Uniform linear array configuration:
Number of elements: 16
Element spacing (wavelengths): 1
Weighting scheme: uniform
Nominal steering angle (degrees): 30
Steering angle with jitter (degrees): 30.525
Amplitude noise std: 0.05
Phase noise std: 0.05

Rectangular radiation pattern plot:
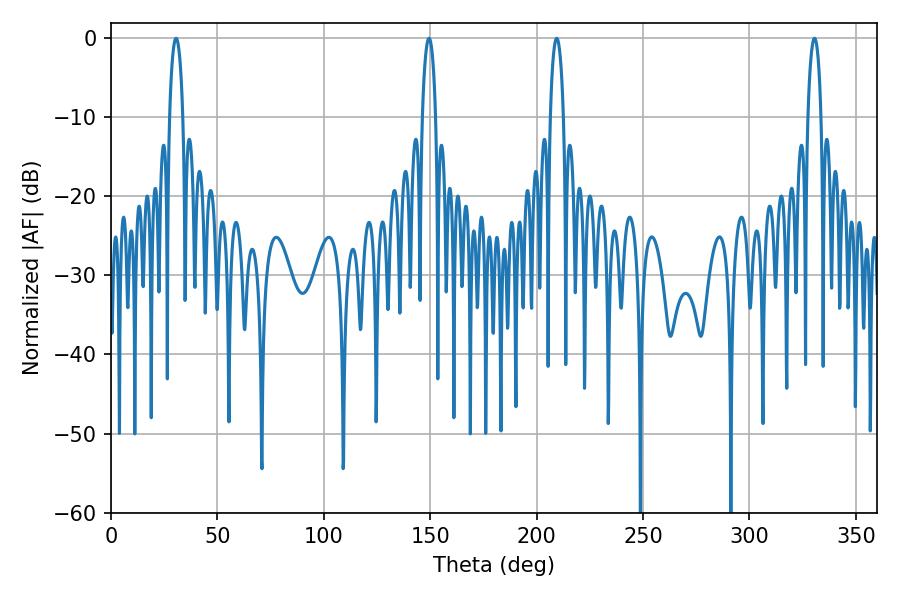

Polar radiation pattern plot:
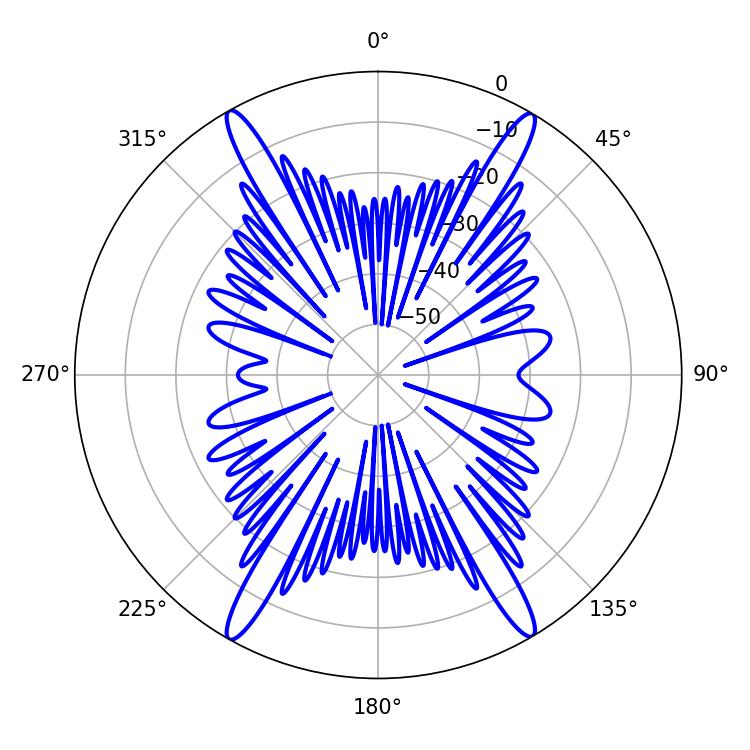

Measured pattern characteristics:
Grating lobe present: TRUE
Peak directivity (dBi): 27.403
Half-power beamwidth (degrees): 3.6
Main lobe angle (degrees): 30.6